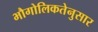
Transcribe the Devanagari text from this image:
भौगोलिकतेनुसार